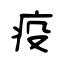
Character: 疫